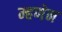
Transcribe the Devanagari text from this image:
म्हणेन